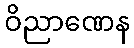
ဝိညာဏေန